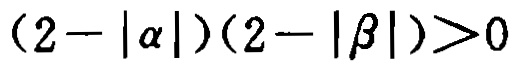
\((2 - |\alpha|)(2 - |\beta|)>0\)